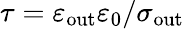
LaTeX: \tau=\varepsilon_{\mathrm{out}}\varepsilon_{0}/\sigma_{\mathrm{out}}